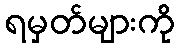
ရမှတ်များကို